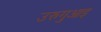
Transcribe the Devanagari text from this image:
उरुगुआइ